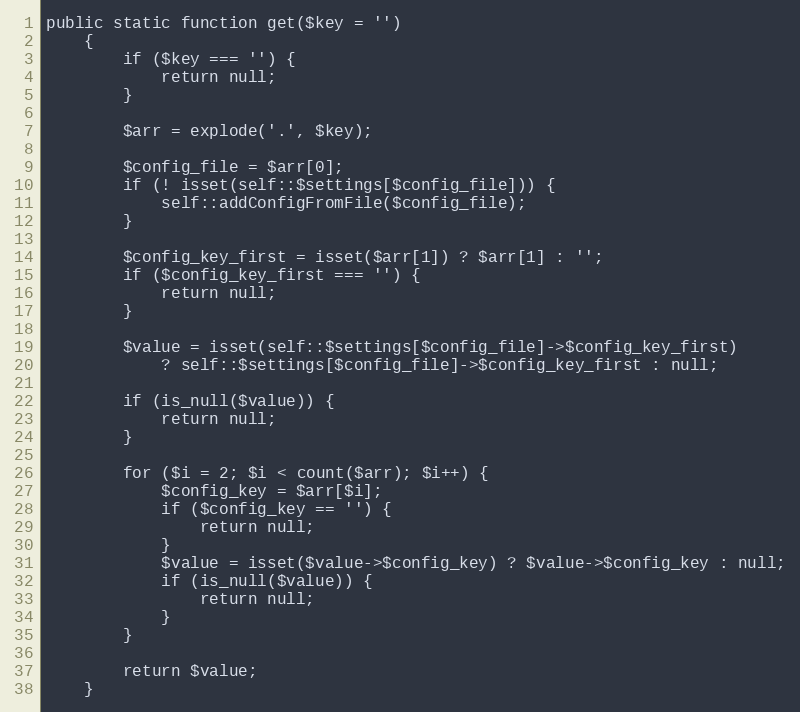
Language: PHP
public static function get($key = '')
    {
        if ($key === '') {
            return null;
        }

        $arr = explode('.', $key);

        $config_file = $arr[0];
        if (! isset(self::$settings[$config_file])) {
            self::addConfigFromFile($config_file);
        }

        $config_key_first = isset($arr[1]) ? $arr[1] : '';
        if ($config_key_first === '') {
            return null;
        }

        $value = isset(self::$settings[$config_file]->$config_key_first)
            ? self::$settings[$config_file]->$config_key_first : null;

        if (is_null($value)) {
            return null;
        }

        for ($i = 2; $i < count($arr); $i++) {
            $config_key = $arr[$i];
            if ($config_key == '') {
                return null;
            }
            $value = isset($value->$config_key) ? $value->$config_key : null;
            if (is_null($value)) {
                return null;
            }
        }

        return $value;
    }